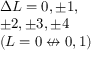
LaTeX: \begin{array} { l } { \Delta L = 0 , \pm 1 , } \\ { \pm 2 , \pm 3 , \pm 4 } \\ { ( L = 0 \not \leftrightarrow 0 , 1 ) } \end{array}